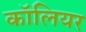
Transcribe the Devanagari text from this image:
कॉलियर